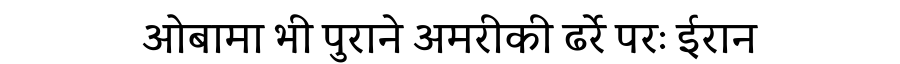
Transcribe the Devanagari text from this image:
ओबामा भी पुराने अमरीकी ढर्रे परः ईरान